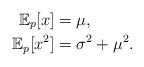
LaTeX: \begin{align*}\mathbb{E}_p[x] &= \mu,\\\mathbb{E}_p[x^2] &= \sigma^2 + \mu^2.\end{align*}